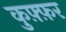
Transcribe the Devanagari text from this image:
कुफ़्फ़र